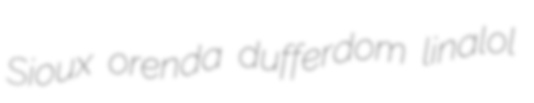
Sioux orenda dufferdom linalol